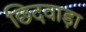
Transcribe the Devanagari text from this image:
छिदवाड़ा